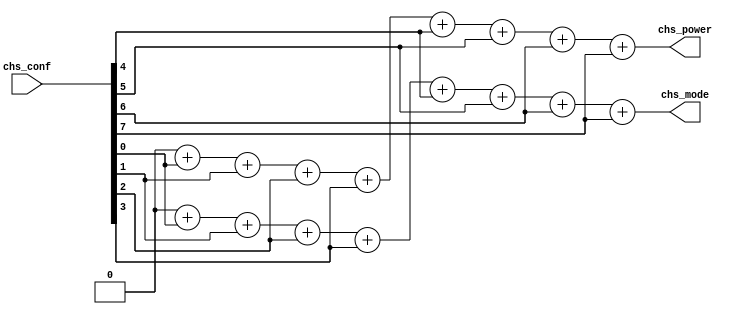
`timescale 1ns / 1ps
//////////////////////////////////////////////////////////////////////////////////
// Company: 
// Engineer: 
// 
// Design Name: 
// Module Name:    ModePower 
// Project Name: 
// Target Devices: 
// Tool versions: 
// Description: 
//
// Dependencies: 
//
// Revision: 
// Revision 0.01 - File Created
// Additional Comments: 
//
//////////////////////////////////////////////////////////////////////////////////
module ModePower (
	input  [7:0] chs_conf  , // degree [temprature] 
	output [3:0] chs_power , // power  [cooler/heater] 
	output       chs_mode    // model  [heat=1/cool=0]
);
	reg [3:0] counter;
	reg        modulo;
	integer         i; // iterator over 8 bits

	// deassign chs_power;
	// deassign chs_mode;

	always @ (chs_conf) begin
		counter = 4'b0000;
		modulo  = 1'b0;
		for (i = 0; i < 8; i = i + 1) begin
				counter = counter + chs_conf[i];
				modulo  = modulo  + chs_conf[i];
		end
	end
	
	assign chs_power = counter;
	// assign chs_mode = counter % 2;
	assign chs_mode = modulo;
	
endmodule